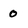
Character: 0